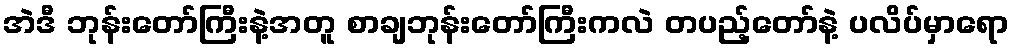
အဲဒီ ဘုန်းတော်ကြီးနဲ့အတူ စာချဘုန်းတော်ကြီးကလဲ တပည့်တော်နဲ့ ပလိပ်မှာရော